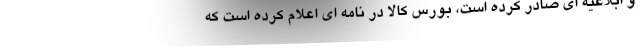
و ابلاغیه ای صادر کرده است، بورس کالا در نامه ای اعلام کرده است که